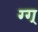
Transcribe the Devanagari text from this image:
ग्ग्